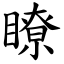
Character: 瞭